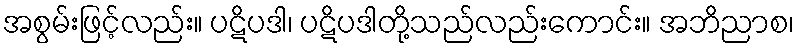
အစွမ်းဖြင့်လည်း။ ပဋိပဒါ၊ ပဋိပဒါတို့သည်လည်းကောင်း။ အဘိညာစ၊